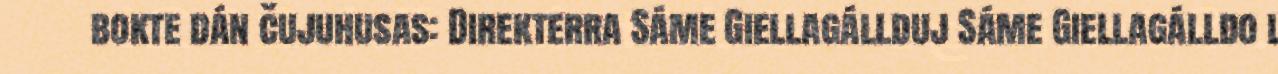
bokte dán čujuhusas: Direkterra Sáme Giellagállduj Sáme Giellagálldo l